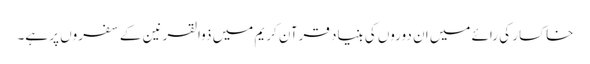
خاکسار کی رائے میں ان دوروں کی بنیاد قرآن ِکریم میں ذوالقرنین کے سفروں پر ہے۔